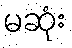
မဆုံး